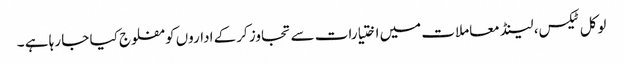
لوکل ٹیکس، لینڈ معاملات میں اختیارات سے تجاوز کرکے اداروں کو مفلوج کیا جا رہا ہے ۔